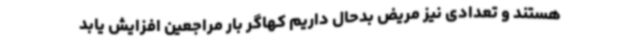
هستند و تعدادی نیز مریض بدحال داریم کهاگر بار مراجعین افزایش یابد